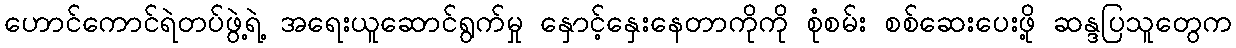
ဟောင်ကောင်ရဲတပ်ဖွဲ့ရဲ့ အရေးယူဆောင်ရွက်မှု နှောင့်နှေးနေတာကိုကို စုံစမ်း စစ်ဆေးပေးဖို့ ဆန္ဒပြသူတွေက